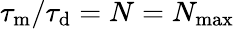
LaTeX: \tau_{\mathrm{m}}/\tau_{\mathrm{d}}=N=N_{\mathrm{max}}